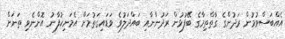
އެއްބަސްވުމުން ރަދުންގެ ގާތްތިމާގެ ބޭފުޅުން ރަދުންނާއި ބައްދަލުވެ ވަޑައިގަތުމަށް އެމަނިކުފާނު އޮންނެވި ތަނަށް